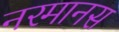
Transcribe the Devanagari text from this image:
नरमानस